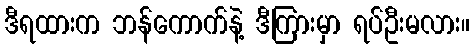
ဒီရထားက ဘန်ကောက်နဲ့ ဒီကြားမှာ ရပ်ဦးမလား။